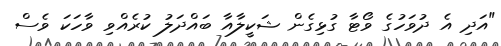
"އަދި އެ ދުވަހުގެ ވޯޓާ ގުޅިގެން ޝަކީލާއާ ބައްދަލު ކުރެއްވި ވާހަކަ ވެސް